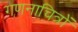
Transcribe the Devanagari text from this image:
गणनाचित्रों